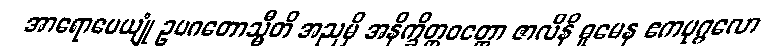
အာရောပေယျုံ ဥပဂတောသ္မီတိ အညမှိ အနိက္ခိတ္တဝတ္တော ဇာလိနိ ဓူမေန ဧကပုဂ္ဂလော